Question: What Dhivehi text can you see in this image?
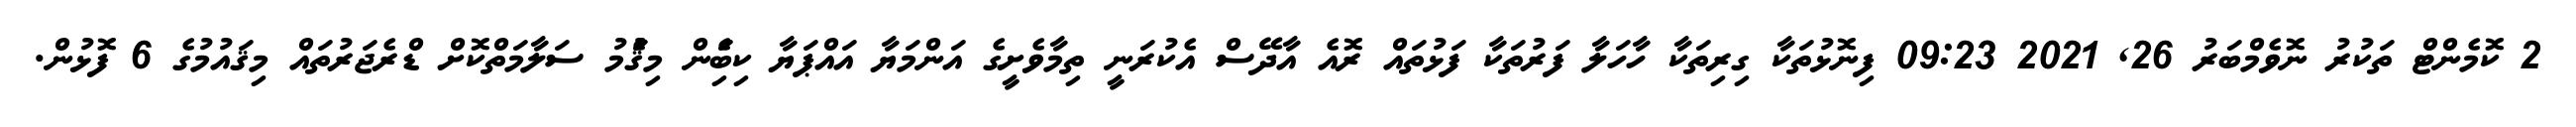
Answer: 2 ކޮމެންޓް ތަކުރު ނޮވެމްބަރު 26, 2021 09:23 ފިނޮޅުތަކާ ގިރިތަކާ ހާހަލާ ފަރުތަކާ ފަޅުތައް ރޮއެ އާދޭސް އެކުރަނީ ތިމާވެށީގެ އަންމަޔާ އައްޕަޔާ ކިބަެިން މިޤަެުމު ސަލާމަތްކޮށް ޑްރެޖަރުތައް މިޤައުމުގެ 6 ފޮޅުން.